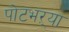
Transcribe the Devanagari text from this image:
पोटभऱ्या